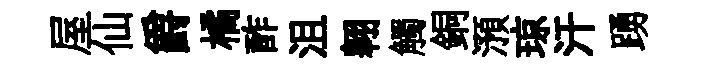
屋仙爵橘酢沮翱觸銅澦琼汗踴